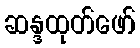
ဆန္ဒထုတ်ဖော်